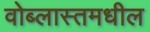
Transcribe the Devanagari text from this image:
वोब्लास्तमधील